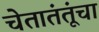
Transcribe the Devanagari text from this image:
चेतातंतूंचा